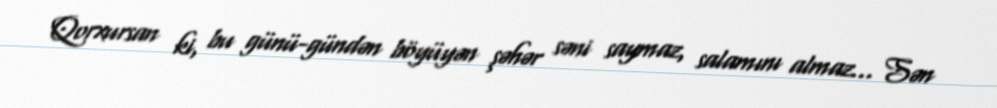
Qorxursan ki, bu günü-gündən böyüyən şəhər səni saymaz, salamını almaz... Sən